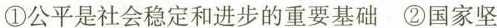
①公平是社会稳定和进步的重要基础②国家坚